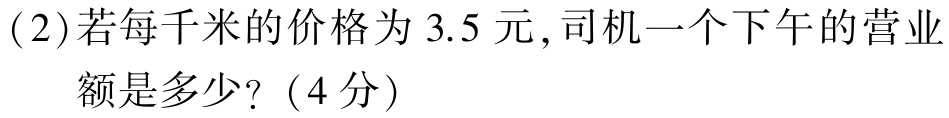
(2)若每千米的价格为3.5元,司机一个下午的营业额是多少?（4分）